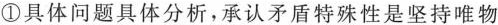
①具体问题具体分析，承认矛盾特殊性是坚持唯物